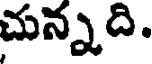
చున్నది.